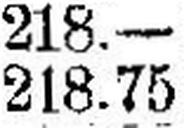
218.75